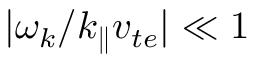
| \omega _ { k } / k _ { \parallel } v _ { t e } | \ll 1